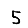
Digit: 5